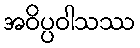
အဝိပ္ပဝါသဿ